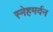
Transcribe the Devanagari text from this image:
स्नेहमर्दन